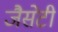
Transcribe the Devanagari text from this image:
जैसेटी